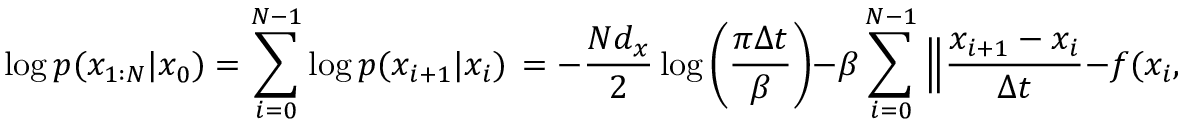
\log p ( x _ { 1 : N } | x _ { 0 } ) = \sum _ { i = 0 } ^ { N - 1 } \log p ( x _ { i + 1 } | x _ { i } ) \, = - \frac { N d _ { x } } { 2 } \log \left( \frac { \pi \Delta t } { \beta } \right) - \beta \sum _ { i = 0 } ^ { N - 1 } \Big \Vert \frac { x _ { i + 1 } - x _ { i } } { \Delta t } - f ( x _ { i } , t _ { i } ; \theta ) \Big \Vert ^ { 2 } \Delta t .